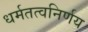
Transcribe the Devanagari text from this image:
धर्मतत्वनिर्णय